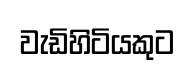
වැඩිහිටියකුට